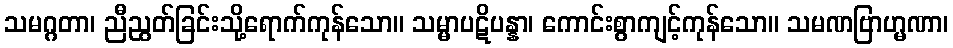
သမဂ္ဂတာ၊ ညီညွတ်ခြင်းသို့ရောက်ကုန်သော။ သမ္မာပဋိပန္နာ၊ ကောင်းစွာကျင့်ကုန်သော။ သမဏဗြာဟ္မဏာ၊